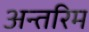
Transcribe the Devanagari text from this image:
अन्‍तरिम